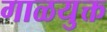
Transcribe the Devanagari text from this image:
गाळयुक्त